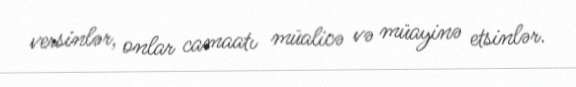
versinlər, onlar camaatı müalicə və müayinə etsinlər.